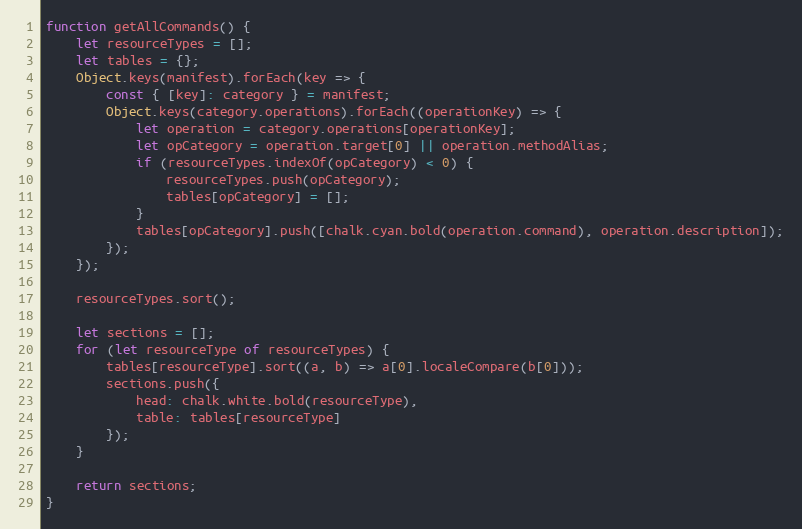
Language: JavaScript
function getAllCommands() {
    let resourceTypes = [];
    let tables = {};
    Object.keys(manifest).forEach(key => {
        const { [key]: category } = manifest;
        Object.keys(category.operations).forEach((operationKey) => {
            let operation = category.operations[operationKey];
            let opCategory = operation.target[0] || operation.methodAlias;
            if (resourceTypes.indexOf(opCategory) < 0) {
                resourceTypes.push(opCategory);
                tables[opCategory] = [];
            }
            tables[opCategory].push([chalk.cyan.bold(operation.command), operation.description]);
        });
    });

    resourceTypes.sort();

    let sections = [];
    for (let resourceType of resourceTypes) {
        tables[resourceType].sort((a, b) => a[0].localeCompare(b[0]));
        sections.push({
            head: chalk.white.bold(resourceType),
            table: tables[resourceType]
        });
    }

    return sections;
}